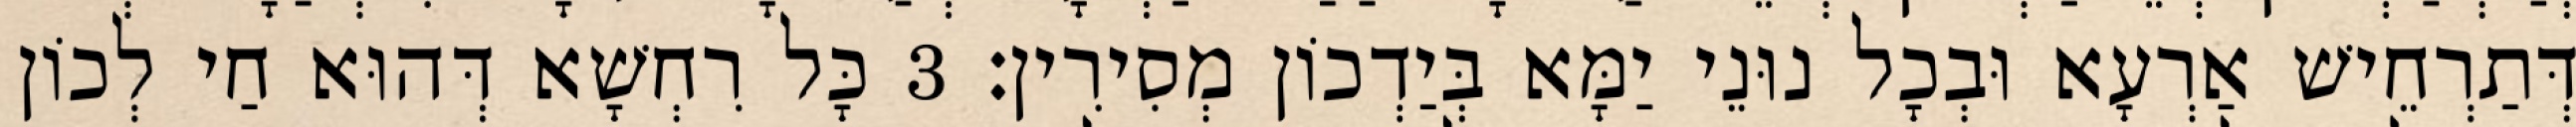
דְּתַרְחֵישׁ אַרְעָא וּבְכָל נוּנֵי יַמָּא בְּיַדְכוֹן מְסִירִין׃ 3 כָּל רִחְשָׁא דְּהוּא חַי לְכוֹן